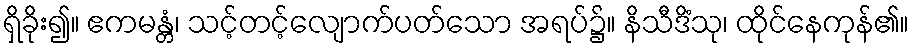
ရှိခိုး၍။ ဧကမန္တံ၊ သင့်တင့်လျောက်ပတ်သော အရပ်၌။ နိသီဒိံသု၊ ထိုင်နေကုန်၏။